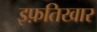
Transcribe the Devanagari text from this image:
इफ़तिखार